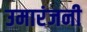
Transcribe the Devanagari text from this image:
उमारंजनी